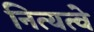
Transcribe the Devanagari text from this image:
नित्यत्वे